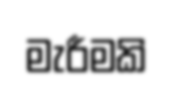
මැරීමකි